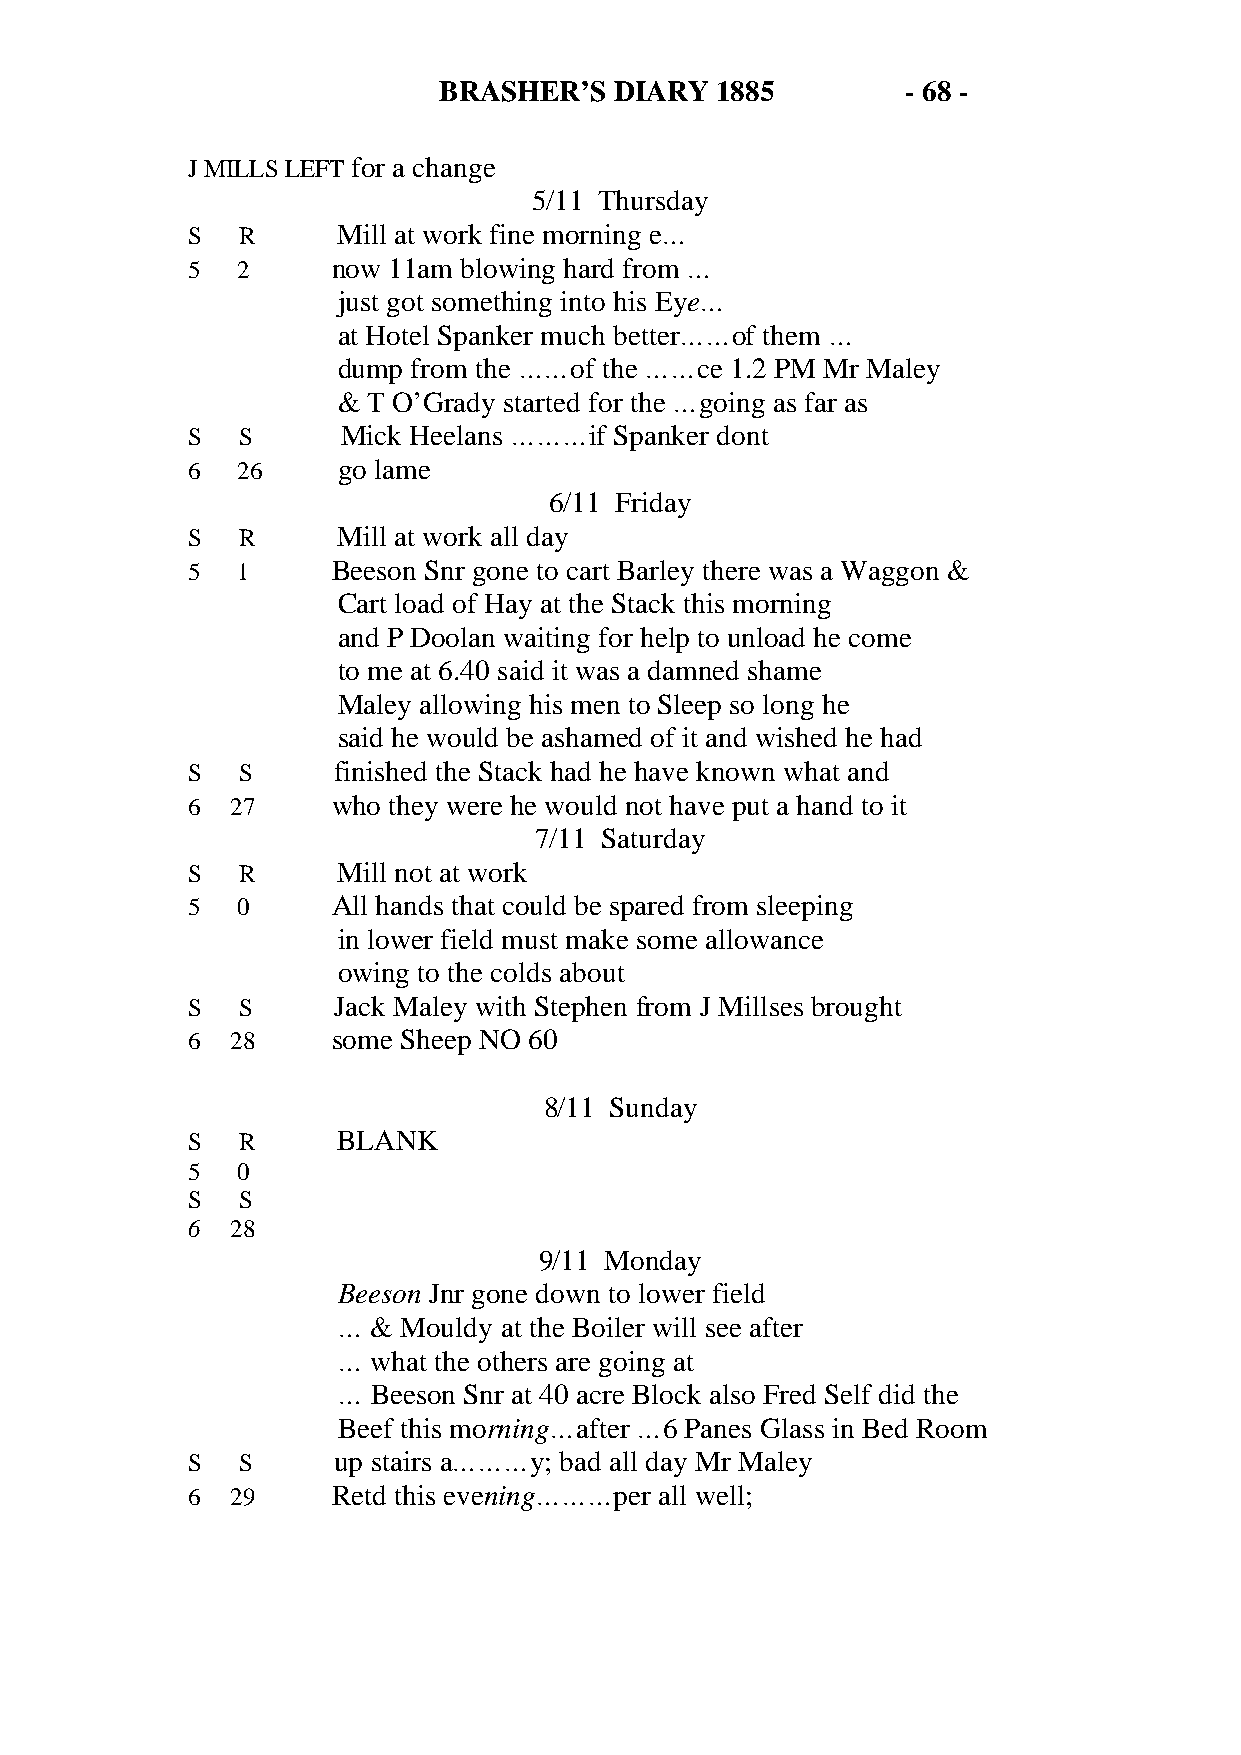
BRASHER’S   DIARY 1885         - 68 -
 J MILLS LEFT for a change
 5/11 Thursday
 S   R     Mill at work fine morning e…
 5   2     now 11am blowing hard from …
 just got something into his Eye…
 at Hotel Spanker much better……of them …
 dump from the ……of the ……ce 1.2 PM Mr Maley
 & T O’Grady started for the …going as far as
 S   S      Mick Heelans ………if Spanker dont
 6   26    go lame
 6/11 Friday
 S   R     Mill at work all day
 5   1     Beeson Snr gone to cart Barley there was a Waggon &
 Cart load of Hay at the Stack this morning
 and P Doolan waiting for help to unload he come
 to me at 6.40 said it was a damned shame
 Maley allowing his men to Sleep so long he
 said he would be ashamed of it and wished he had
 S   S     finished the Stack had he have known what and
 6  27     who they were he would not have put a hand to it
 7/11 Saturday
 S   R     Mill not at work
 5   0     All hands that could be spared from sleeping
 in lower field must make some allowance
 owing to the colds about
 S   S     Jack Maley with Stephen from J Millses brought
 6  28     some Sheep NO 60
 8/11 Sunday
 S   R     BLANK
 5   0
 S   S
 6  28
 9/11 Monday
 Beeson Jnr gone down to lower field
 …  & Mouldy at the Boiler will see after
 …  what the others are going at
 …  Beeson Snr at 40 acre Block also Fred Self did the
 Beef this morning…after …6 Panes Glass in Bed Room
 S   S     up stairs a………y; bad all day Mr Maley
 6  29     Retd this evening………per all well;